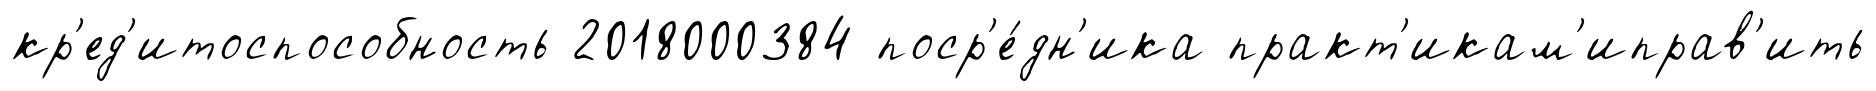
кр'ед'итоспособность 2018000384 поср'е́дн'ика практ'икам'иправ'ить